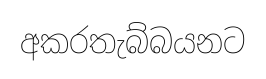
අකරතැබ්බයනට